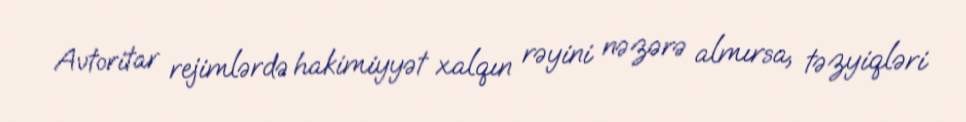
Avtoritar rejimlərdə hakimiyyət xalqın rəyini nəzərə almırsa, təzyiqləri